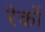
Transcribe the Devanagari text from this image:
रेकों